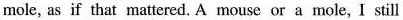
mole, as if that mattered. A mouse or a mole, I still